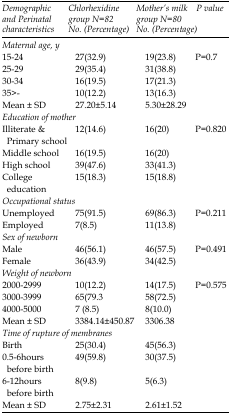
<table><thead><tr><td><b>Demographic and Perinatal characteristics</b></td><td><b>Chlorhexidine group N=82 No. (Percentage)</b></td><td><b>Mother’s milk group N=80 No. (Percentage)</b></td><td><b>P value</b></td></tr></thead><tbody><tr><td><i>Maternal age, y</i></td><td></td><td></td><td></td></tr><tr><td>15-24</td><td>27(32.9)</td><td>19(23.8)</td><td>P=0.7</td></tr><tr><td>25-29</td><td>29(35.4)</td><td>31(38.8)</td><td></td></tr><tr><td>30-34</td><td>16(19.5)</td><td>17(21.3)</td><td></td></tr><tr><td>35&gt;-</td><td>10(12.2)</td><td>13(16.3)</td><td></td></tr><tr><td>Mean ± SD</td><td>27.20±5.14</td><td>5.30±28.29</td><td></td></tr><tr><td><i>Education of mother</i></td><td></td><td></td><td></td></tr><tr><td>Illiterate &amp; Primary school</td><td>12(14.6)</td><td>16(20)</td><td>P=0.820</td></tr><tr><td>Middle school</td><td>16(19.5)</td><td>16(20)</td><td></td></tr><tr><td>High school</td><td>39(47.6)</td><td>33(41.3)</td><td></td></tr><tr><td>College education</td><td>15(18.3)</td><td>15(18.8)</td><td></td></tr><tr><td><i>Occupational status</i></td><td></td><td></td><td></td></tr><tr><td>Unemployed</td><td>75(91.5)</td><td>69(86.3)</td><td>P=0.211</td></tr><tr><td>Employed</td><td>7(8.5)</td><td>11(13.8)</td><td></td></tr><tr><td><i>Sex of newborn</i></td><td></td><td></td><td></td></tr><tr><td>Male</td><td>46(56.1)</td><td>46(57.5)</td><td>P=0.491</td></tr><tr><td>Female</td><td>36(43.9)</td><td>34(42.5)</td><td></td></tr><tr><td><i>Weight of newborn</i></td><td></td><td></td><td></td></tr><tr><td>2000-2999</td><td>10(12.2)</td><td>14(17.5)</td><td>P=0.575</td></tr><tr><td>3000-3999</td><td>65(79.3</td><td>58(72.5)</td><td></td></tr><tr><td>4000-5000</td><td>(8.5)</td><td>8(10.0)</td><td></td></tr><tr><td>Mean ± SD</td><td>3384.14±450.87</td><td>3306.38</td><td></td></tr><tr><td><i>Time of rupture of membranes</i></td><td></td><td></td><td></td></tr><tr><td>Birth</td><td>25(30.4)</td><td>45(56.3)</td><td></td></tr><tr><td>0.5-6 hours before birth</td><td>49(59.8)</td><td>30(37.5)</td><td></td></tr><tr><td>6-12 hours before birth</td><td>8(9.8)</td><td>5(6.3)</td><td></td></tr><tr><td>Mean ± SD</td><td>2.75±2.31</td><td>2.61±1.52</td><td></td></tr></tbody></table>